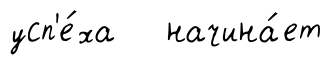
усп'е́ха начина́ет